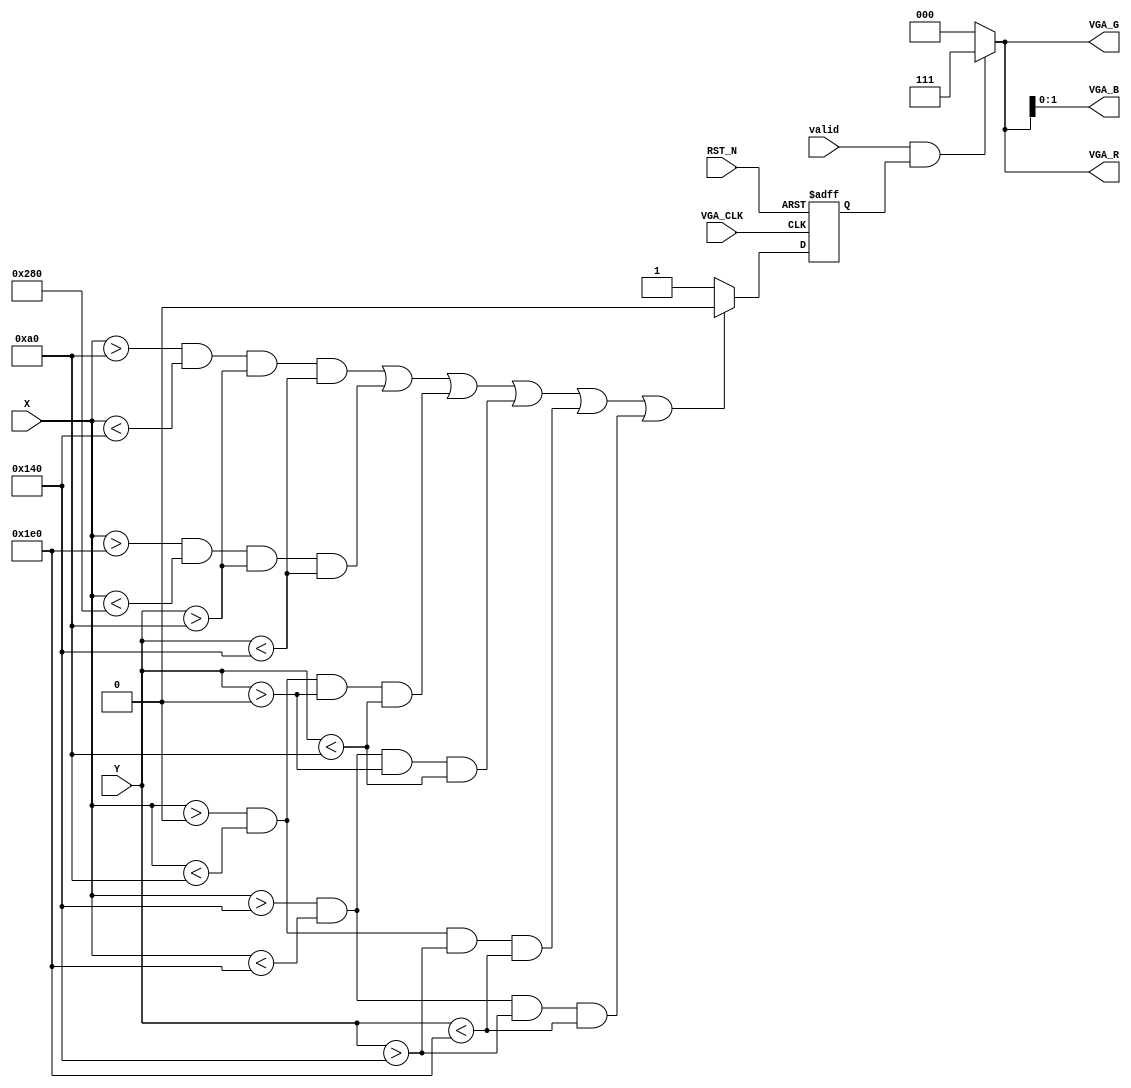
`timescale 1ns / 1ps
//////////////////////////////////////////////////////////////////////////////////
// Company: 
// Engineer: 
// 
// Design Name: 
// Module Name:    vga_control_module 
// Project Name: 
// Target Devices: 
// Tool versions: 
// Description: 
//
// Dependencies: 
//
// Revision: 
// Revision 0.01 - File Created
// Additional Comments: 
//
//////////////////////////////////////////////////////////////////////////////////
module vga_control_module(
		input VGA_CLK,
		input RST_N,
		input[9:0] X,
		input[9:0] Y,
		input valid,
		output[2:0] VGA_R,
		output[2:0] VGA_G,
		output[1:0] VGA_B
);

		reg rectangle;
always@(posedge VGA_CLK or posedge RST_N)
    if(RST_N)
        rectangle<=1'b0;
    //else if(X>11'd0&&Y<11'd100)
   else if((X>10'd160&&X<10'd320&&Y>10'd160&&Y<10'd320)||(X>10'd480&&X<10'd640&&Y>10'd160&&Y<10'd320)||(X>10'd0&&X<10'd160&&Y>10'd0&&Y<10'd160)||(X>10'd320&&X<10'd480&&Y>10'd0&&Y<10'd160)||(X>10'd0&&X<10'd160&&Y>10'd320&&Y<10'd480)||(X>10'd320&&X<10'd480&&Y>10'd320&&Y<10'd480))
		rectangle=1'b0;
	 else
		rectangle=1'b1;
 
assign VGA_R=valid&&rectangle ? 8'b1111_1111 : 8'b0;
assign VGA_G=valid&&rectangle ? 8'b1111_1111 : 8'b0;
assign VGA_B=valid&&rectangle ? 8'b1111_1111 : 8'b0;
 
endmodule